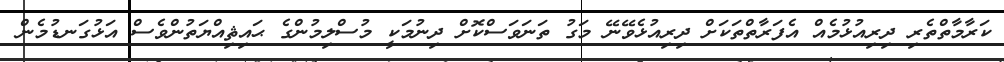
ކަރާމާތްތެރި ދިރިއުޅުމެއް އެފަރާތްތަކަށް ދިރިއުޅެވޭނޭ މަގު ތަނަވަސްކޮށް ދިނުމަކީ މުސްލިމުންގެ ޙައިޘިއްޔަތުންވެސް އަޅުގަނޑުމެން